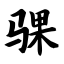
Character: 骒